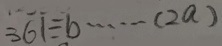
3 6 1 \div b \cdots ( 2 a )